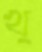
খ্